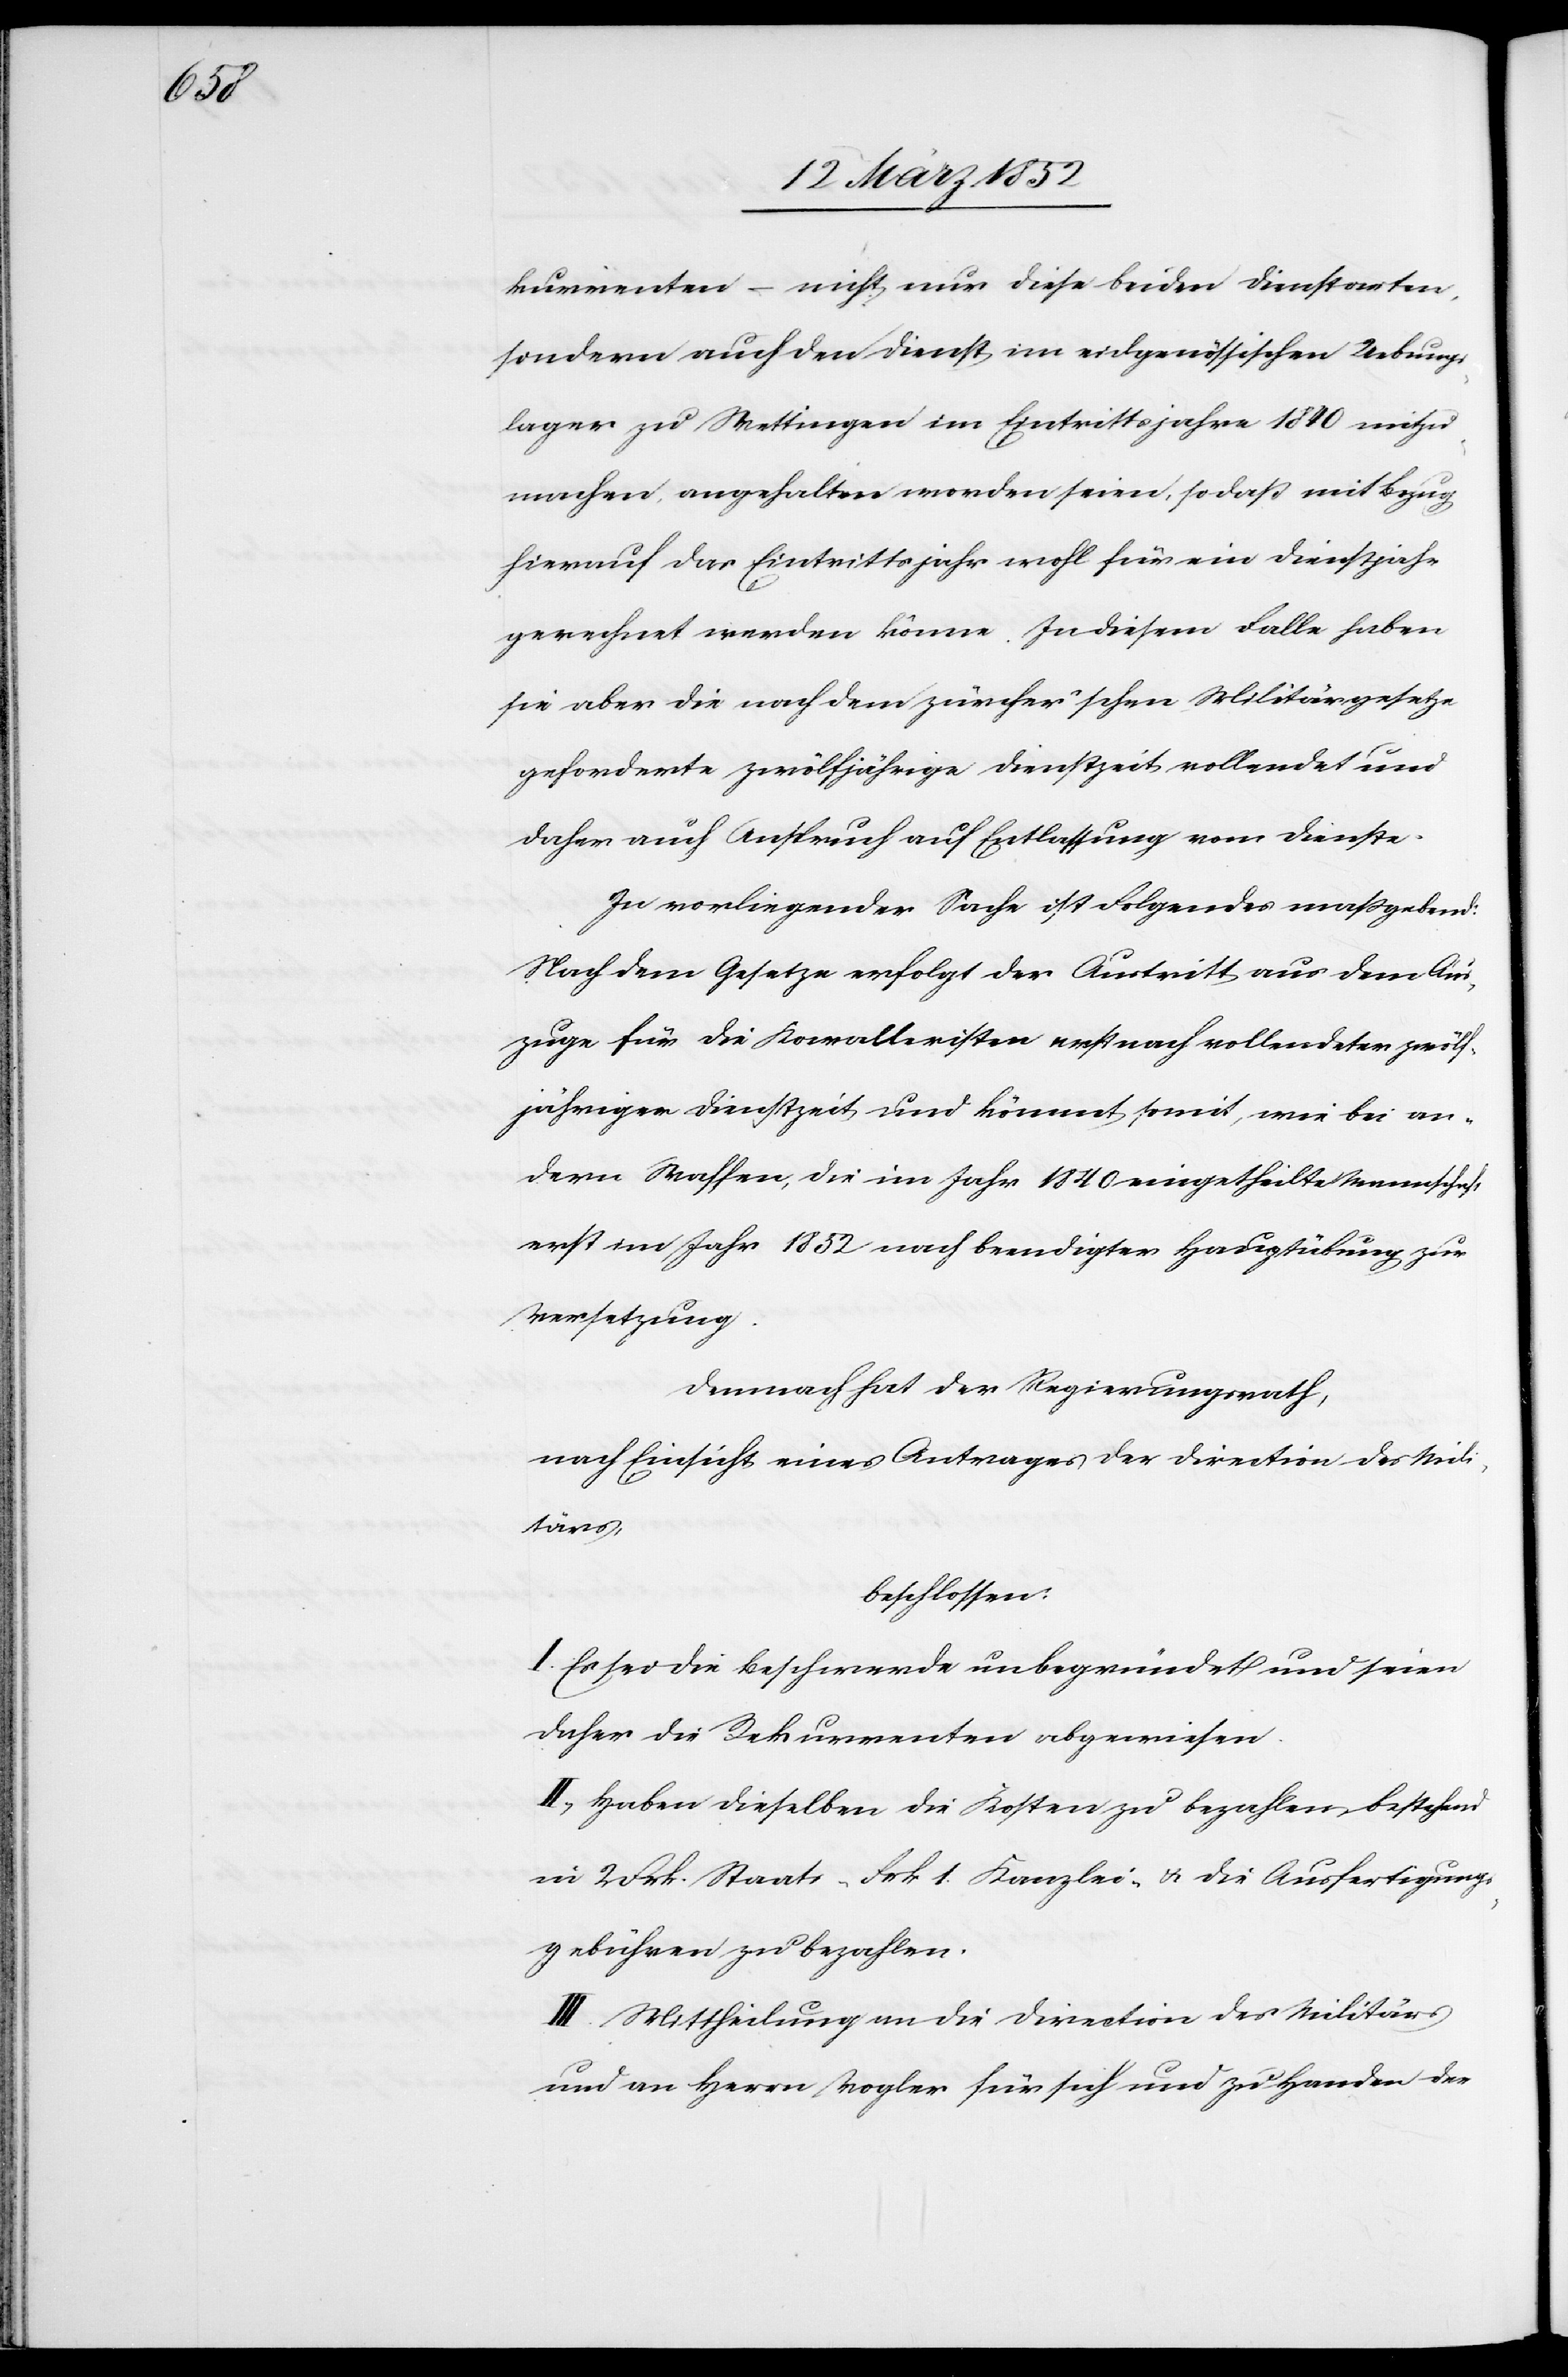
kurrenten – nicht nur diese beiden Dienstsorten,
sondern auch den Dienst im eidgenössischen Uebungs¬
lager zu Wettingen im Eintrittsjahre 1840 mitzu¬
machen angehalten worden seien, so daß mit Bezug
hierauf das Eintrittsjahr wohl für ein Dienstjahr
gerechnet werden könne. In diesem Falle haben
sie aber die nach dem zürcher’schen Militärgesetze
geforderte zwölfjährige Dienstzeit vollendet und
daher auch Anspruch auf Entlassung vom Dienste.
In vorliegender Sache ist Folgendes maßgebend:
Nach dem Gesetze erfolgt der Austritt aus dem Aus¬
zuge für die Kavalleristen erst nach vollendeter zwölf¬
jähriger Dienstzeit und kömmt somit, wie bei an¬
dern Waffen, die im Jahr 1840 eingetheilte Mannschaft
erst im Jahr 1852 nach beendigter Hauptübung zur
Versetzung.
Demnach hat der Regierungsrath,
nach Einsicht eines Antrages der Direction des Mili¬
tärs,
beschlossen:
I. Es sei die Beschwerde unbegründet und seien
daher die Rekurrenten abgewiesen.
II. Haben dieselben die Kosten zu bezahlen, bestehend
in 2 Frk. Staats- Frk. 1 Kanzlei- u. die Ausfertigungs¬
gebühren zu bezahlen.
III. Mittheilung an die Direction des Militärs
und an Herrn Vogler für sich und zu Handen der